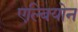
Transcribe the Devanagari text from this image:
एल्बियोन